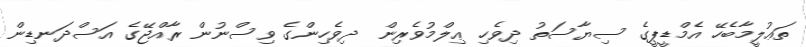
ތަޢުލީމާބެހޭ އެމްޑީޕީގެ ސިޔާސަތު ދިވެހި ޢިލްމުވެރިން  ދިވެހިންގެ ވިސްނުން ރާއްޖޭގެ އަސްދަނޑިން